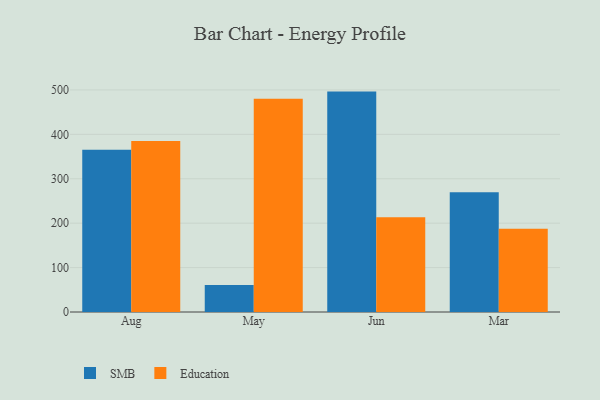
{"axis": {"x": "Month", "y": "Operating Costs (USD K)"}, "legend": ["Education", "SMB"], "data": [{"x": "Aug", "y": 365.1, "type": "SMB"}, {"x": "Aug", "y": 385.1, "type": "Education"}, {"x": "May", "y": 60.8, "type": "SMB"}, {"x": "May", "y": 480.3, "type": "Education"}, {"x": "Jun", "y": 496.3, "type": "SMB"}, {"x": "Jun", "y": 213.4, "type": "Education"}, {"x": "Mar", "y": 269.9, "type": "SMB"}, {"x": "Mar", "y": 187.4, "type": "Education"}]}